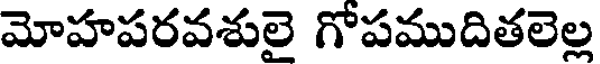
మోహపరవశులై గోపముదితలెల్ల